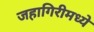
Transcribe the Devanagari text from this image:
जहागिरीमध्‍ये